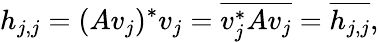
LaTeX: h_{j,j}=(Av_{j})^{*}v_{j}={\overline{{v_{j}^{*}Av_{j}}}}={\overline{{h_{j,j}}}},